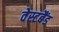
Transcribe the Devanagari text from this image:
वेस्टबैंड